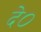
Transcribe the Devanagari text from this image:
दे०